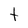
Character: t